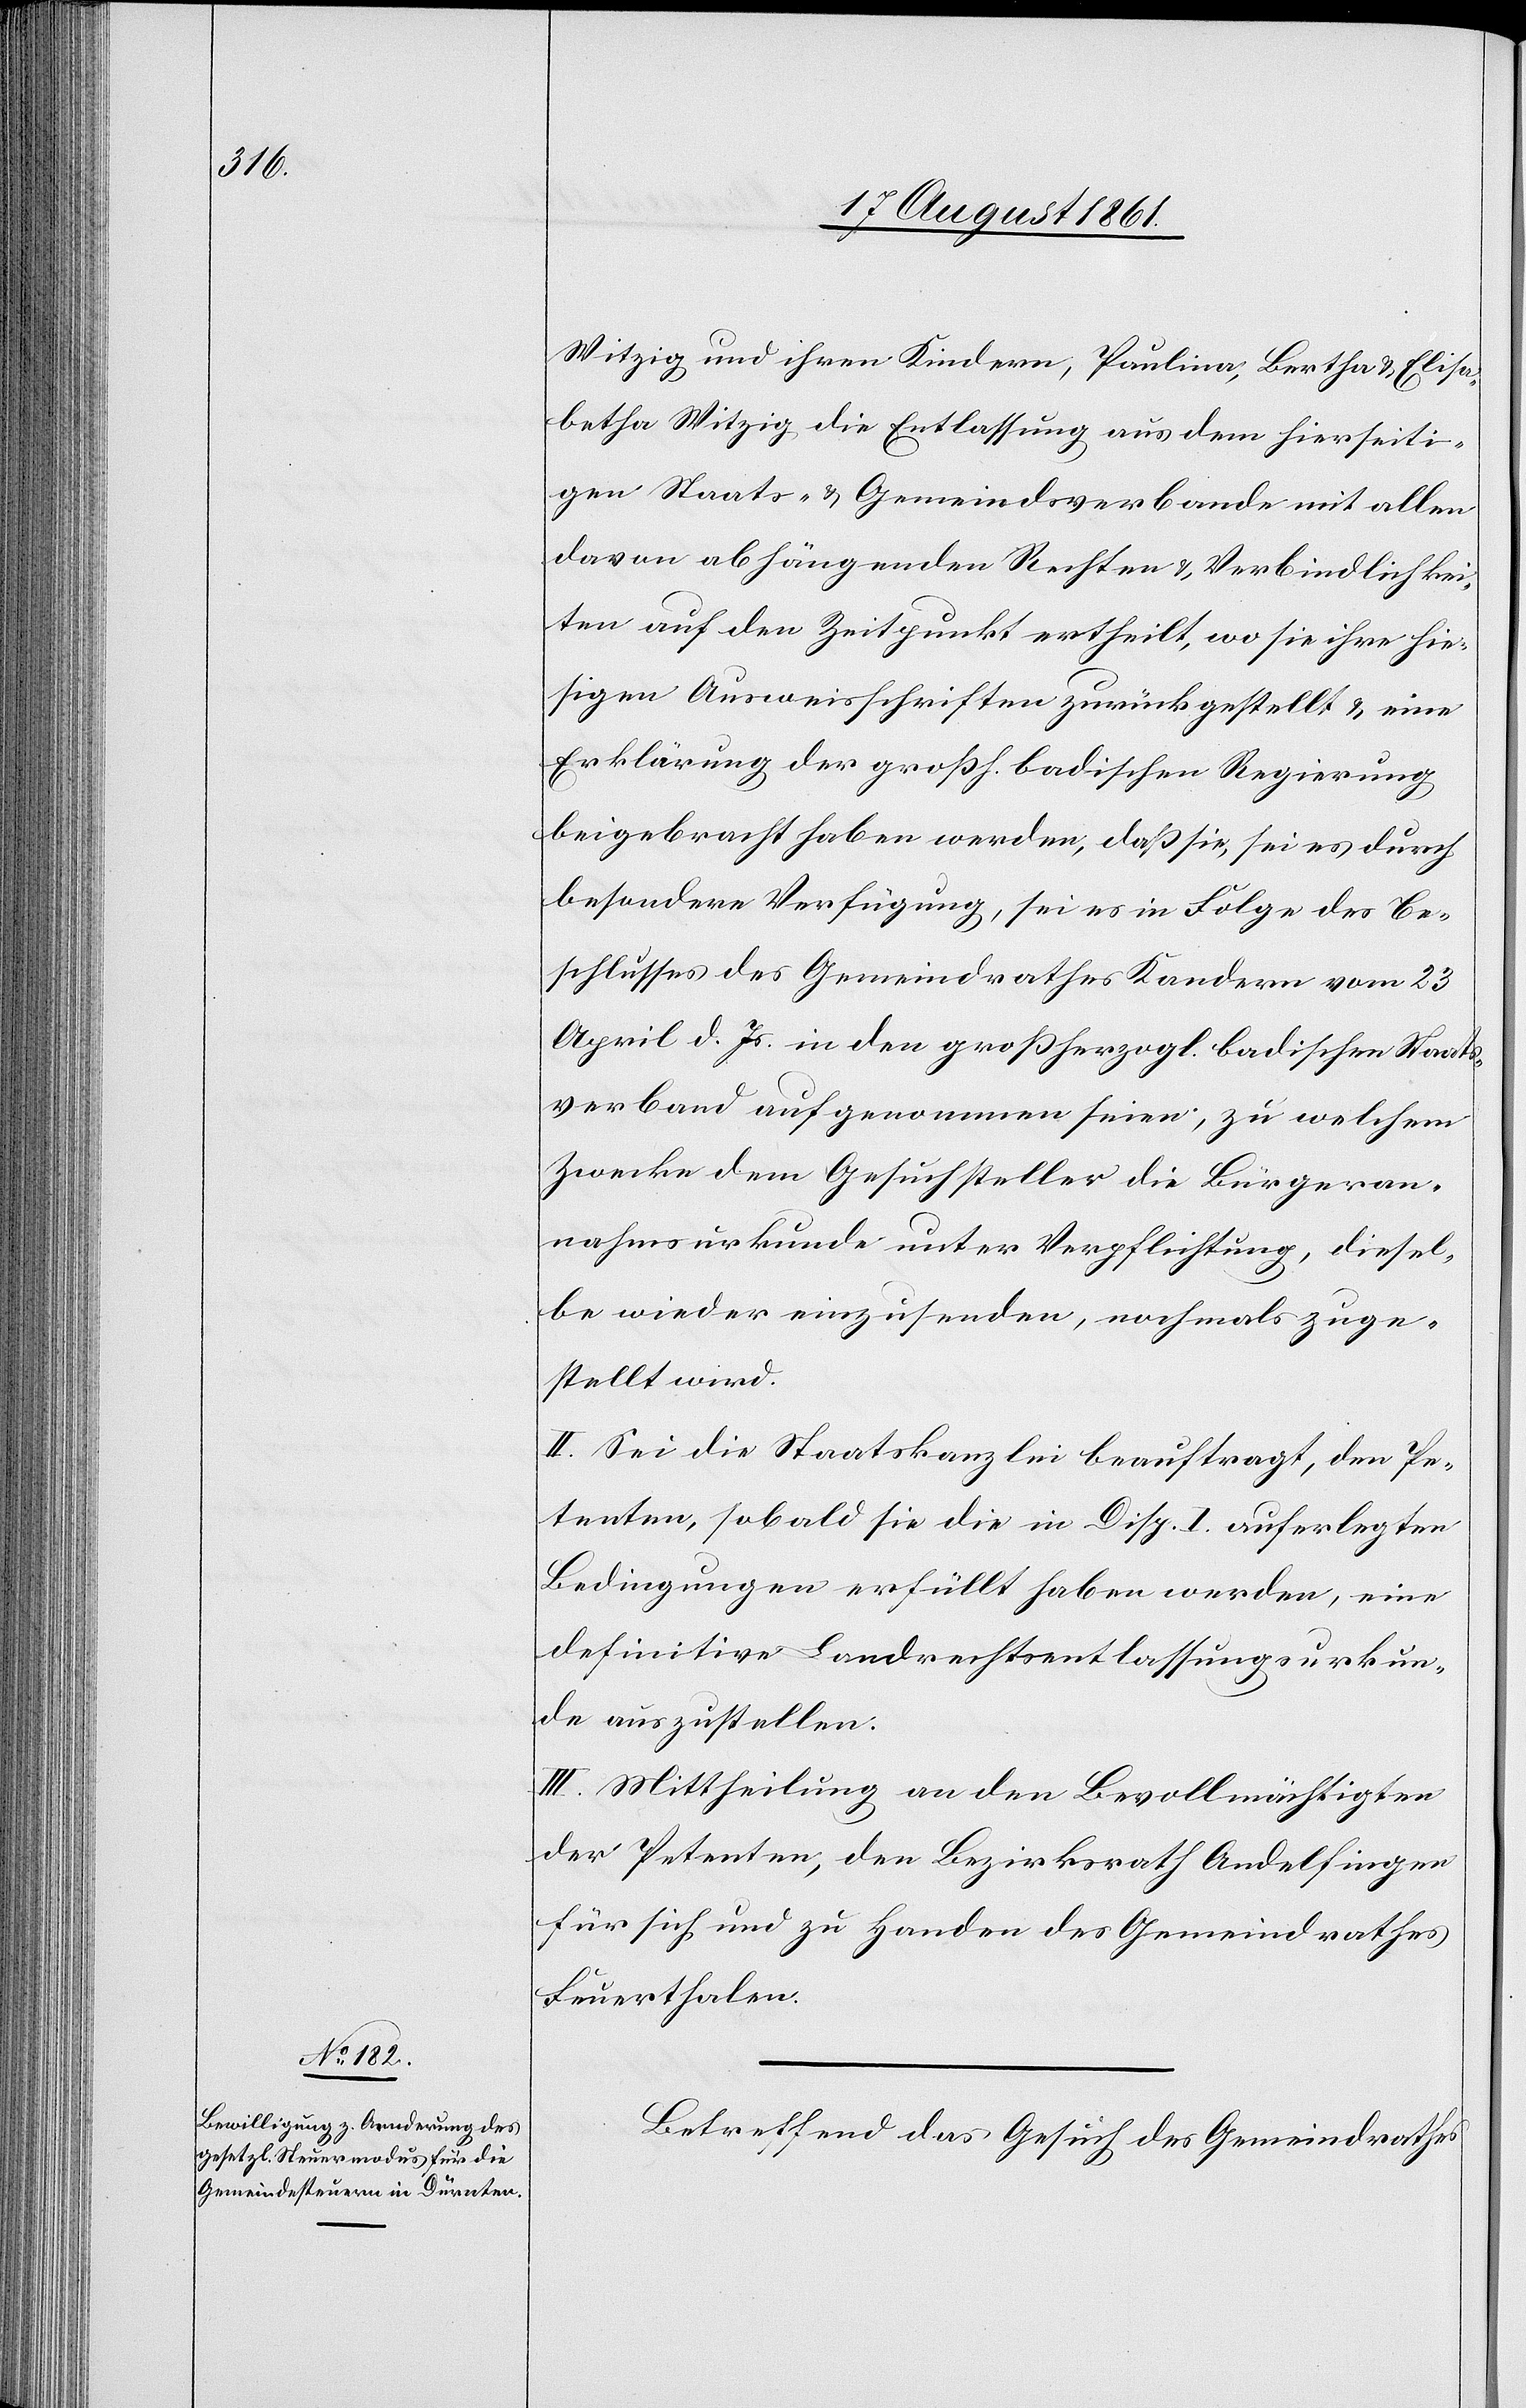
Witzig und ihren Kindern, Paulina, Bertha u. Elisa¬
betha Witzig die Entlassung aus dem hierseiti¬
gen Staats- u. Gemeindsverbande mit allen
davon abhängenden Rechten u. Verbindlichkei¬
ten auf den Zeitpunkt ertheilt, wo sie ihre hie¬
sigen Ausweisschriften zurückgestellt u. eine
Erklärung der großh. badischen Regierung
beigebracht haben werden, daß sie, sei es durch
besondere Verfügung, sei es in Folge des Be¬
schlusses des Gemeindrathes Kandern vom 23
April d. Js. in den großherzogl. badischen Staats¬
verband aufgenommen seien, zu welchem
Zwecke dem Gesuchsteller die Bürgeran¬
nahmsurkunde unter Verpflichtung, diesel¬
be wieder einzusenden, nochmals zuge¬
stellt wird.
II. Sei die Staatskanzlei beauftragt, den Pe¬
tenten, sobald sie die in Disp. I auferlegten
Bedingungen erfüllt haben werden, eine
definitive Landrechtsentlassungsurkun¬
de auszustellen.
III. Mittheilung an den Bevollmächtigten
der Petenten, den Bezirksrath Andelfingen
für sich und zu Handen des Gemeindrathes
Feuerthalen.
Betreffend das Gesuch des Gemeindrathes